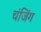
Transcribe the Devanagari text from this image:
चंजिंग